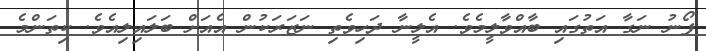
ފޯނު ނަގާ އަތުގައި ބާއްވާލީމެވެ. އެލީނާ ދަހިވެތި ނަޒަރަކުން އެއަށް ބަލައިލިއެވެ. ކިތަންމެ